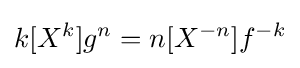
k[X^{k}]g^{n}=n[X^{-n}]f^{-k}